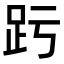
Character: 𧿉